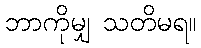
ဘာကိုမျှ သတိမရ။